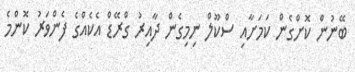
ބޭނުން ކޮށްގެން ކަމަށާއި ސްކޫލް ނިމިގެން ދާއިރު ގްރޭޑް އެކެއްގެ ފެންވަރު ކޮންމެ